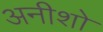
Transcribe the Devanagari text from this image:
अनीशो